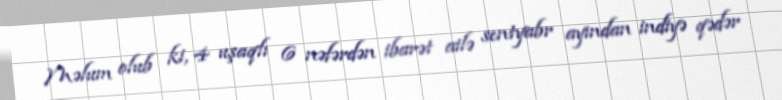
Məlum olub ki, 4 uşaqlı 6 nəfərdən ibarət ailə sentyabr ayından indiyə qədər